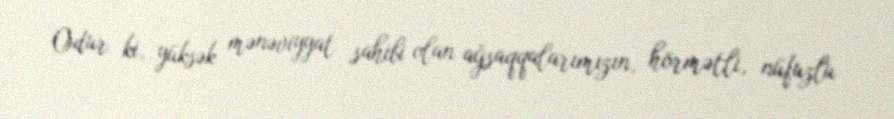
Odur ki, yüksək mənəviyyat sahibi olan ağsaqqalarımızın, hörmətli, nüfuzlu